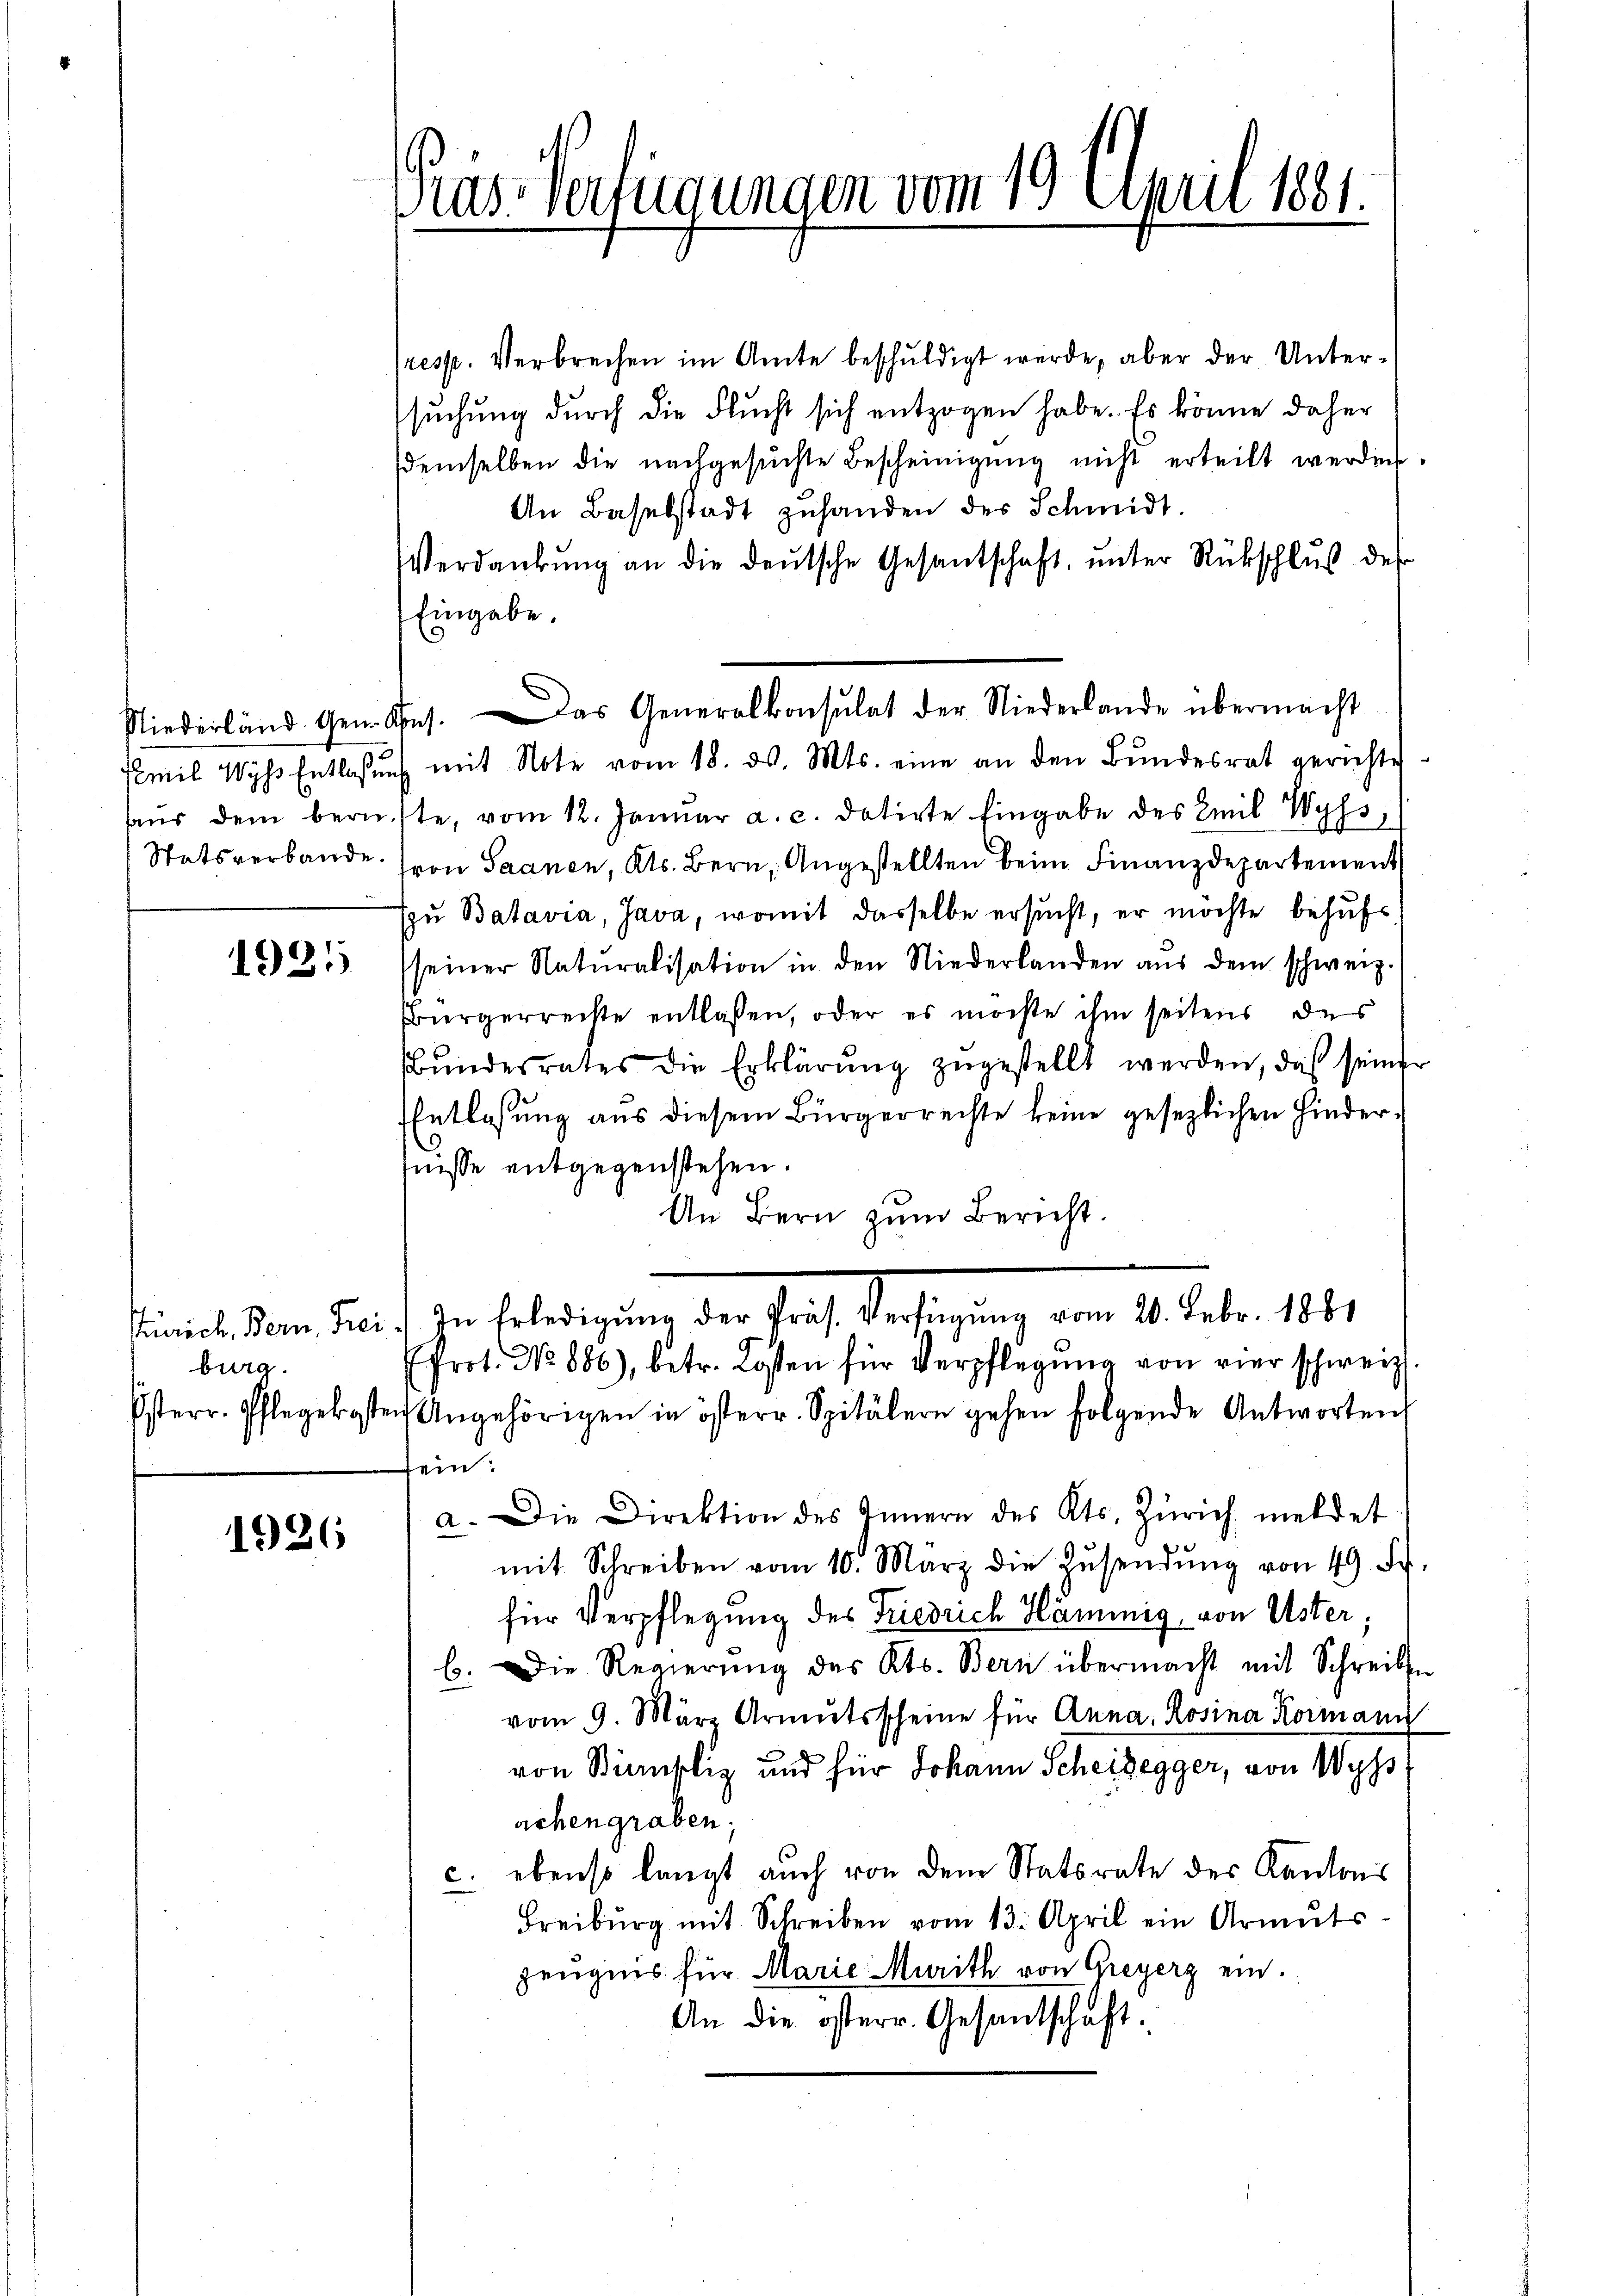
1921

stinicht. Bern, Frei
 burg.
Esterr. Pflegekost

1926

Gras Verfügungen vom 19. April 1881.

(resp. Verbrechen im Amte beschuldigt werde, aber der Untersŭchŭng dŭrch die Flŭcht sich entzogen habe. Es könne daher
demselben die nachgesŭchte Bescheinigŭng nicht erteilt werden
An Baselstadt zŭhanden des Schmidt.
Verdankŭng an die deutsche Gesantschaft, unter Rückschluß des
Eingabe.
Emil Wyss Entlassŭng mit Note vom 18. ds. Mts. eine an den Bŭndesrat gerichte
aŭs dem beruhte, vom 12. Janŭar a. c. datirte Eingabe des Emil Wyss,
Statsverbande Fron Saanen, Kts. Bern, Angestellten beim Finanzdepartement
Ezu Batavia, Java, womit dasselbe ersucht, er möchte behufs
seiner Naturalisation in den Niederlanden aŭs dem schweiz.
Bürgerreiste entlassen, oder es möchte ihm seitens des
Bŭndesrates die Erklärŭng zŭgestellt werden, daß seiner
Entlassung aus diesem Bürgerrechte keine gesezlichen Hinderfnisse entgegenstehen.
An Bern zum Bericht.
d zur selben den der Sache Bedingung am 1. Febr. 141.
EProt. No 886), betr. Kosten für Verpflegŭng von vier schweiz.
en Angehörigen in österr. Spitälern gehen folgende Antworten
sein.
a. Die Direktion des Innern des Kts. Zürich meldet
mit Schreiben vom 10. März die Zŭsendŭng von 49. Fr
für Verpflegung des Friedrich Hämmig von Uster;
b. Die Regierŭng des Kts. Bern übermacht mit Schreibe
vom 9. März Armutsscheine für Anna, Rosina Kormann
von Simpliz und für Johann Scheidegger, von Wyss
achengraben;
c. ebenso langt auch von dem Statsrate des Kantons
Freiburg mit Schreiben vom 13. April ein Armuts-
zeugnis für Marie Murith von Greyerz ein.
An die österr. Gesantschaft:

Niederländ. Gem. Ges. Das Generalkonsulat der Niederlande übermacht